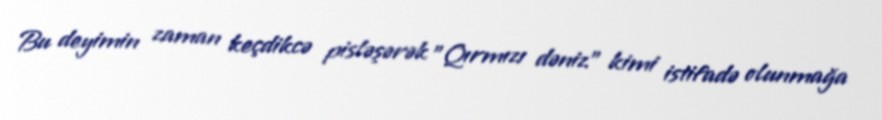
Bu deyimin zaman keçdikcə pisləşərək "Qırmızı dəniz" kimi istifadə olunmağa